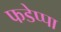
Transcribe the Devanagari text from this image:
फडेप्पा